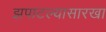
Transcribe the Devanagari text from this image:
झपाटल्यासारखा